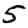
Digit: 5